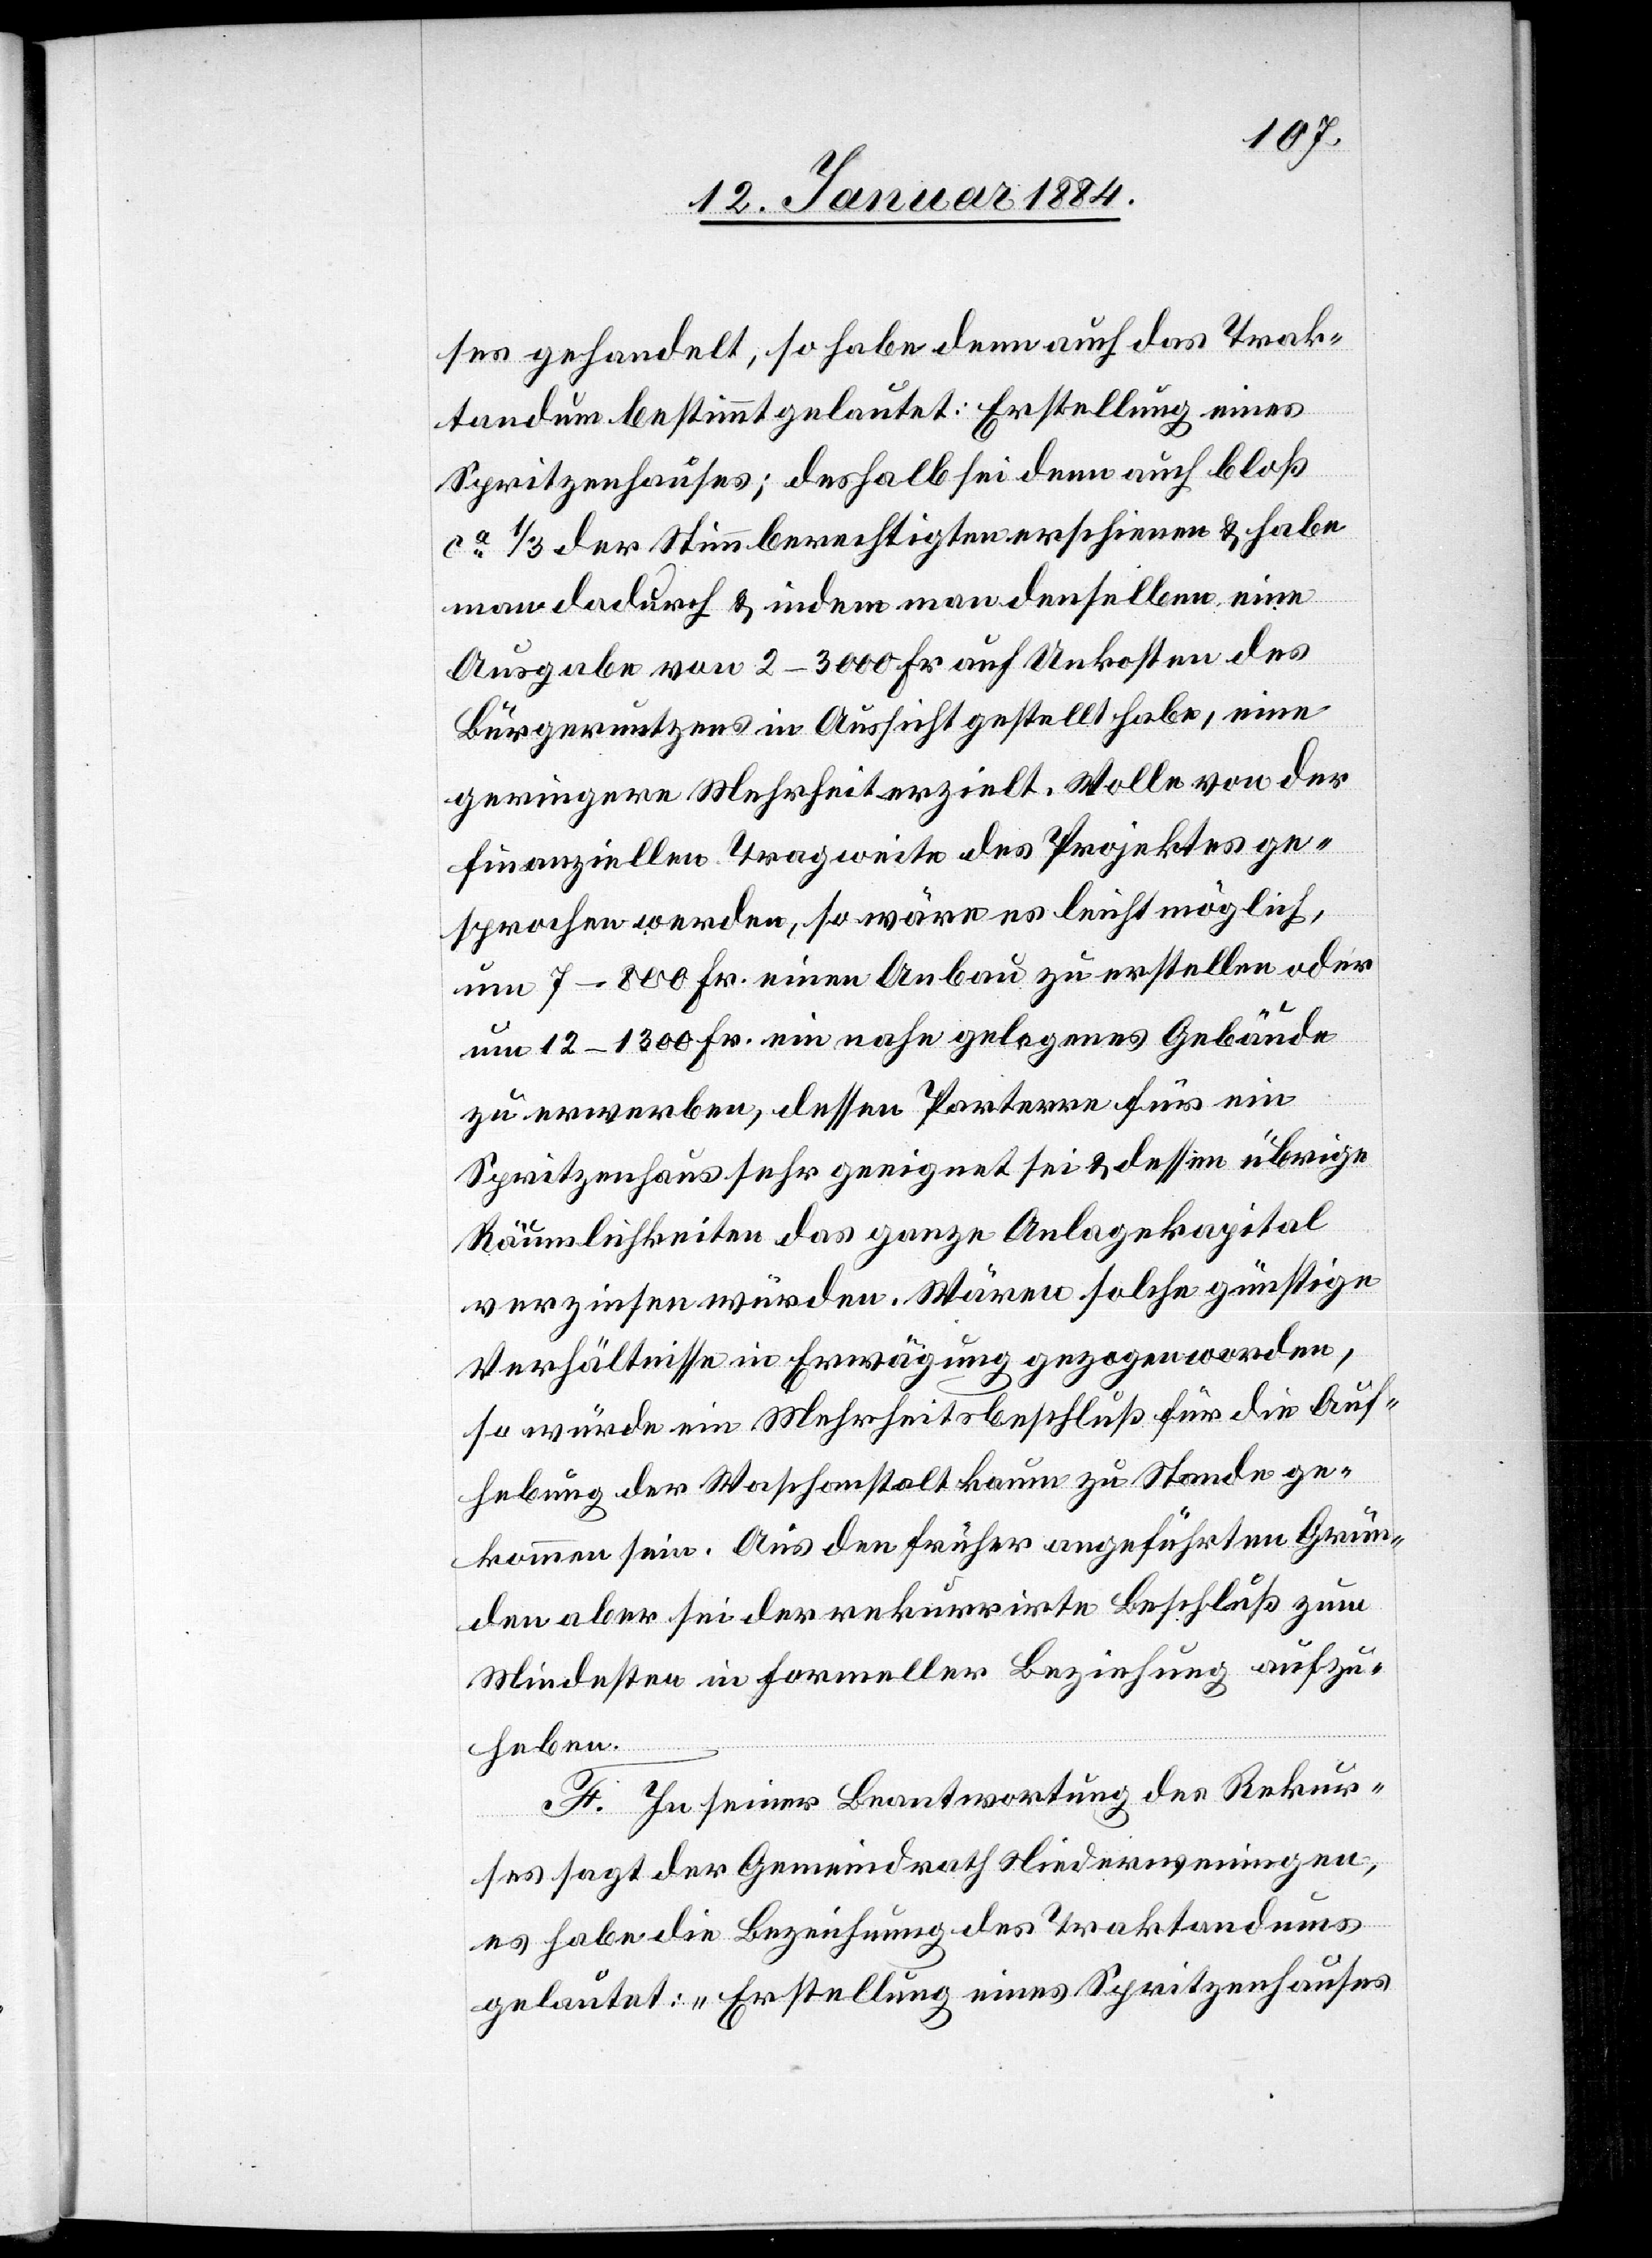
ses gehandelt. So habe denn auch das Trak¬
tandum bestimmt gelautet: Erstellung eines
Spritzenhauses; deshalb sei dann auch bloß
ca 1/3 der Stimmberechtigten erschienen & habe
man dadurch & indem man denselben eine
Ausgabe von 2–3000 Fr. auf Unkosten des
Bürgernutzens in Aussicht gestellt habe, eine
geringere Mehrheit erzielt. Wolle von der
finanziellen Tragweite des Projektes ge¬
sprochen werden, so wäre es leicht möglich,
um 7–800 Fr. einen Umbau zu erstellen oder
um 12–1300 Fr. ein nahe gelegenes Gebäude
zu erwerben, dessen Parterre für ein
Spritzenhaus sehr geeignet sei & dessen übrige
Räumlichkeiten das ganze Anlagekapital
verzinsen würden. Wären solche günstigen
Verhältnisse in Erwägung gezogen worden,
so würde ein Mehrheitsbeschluß für die Auf¬
hebung der Waschanstalt kaum zu Stande ge¬
kommen sein. Aus den früher angeführten Grün¬
den aber sei der rekurrirte Beschluß zum
Mindesten in formeller Beziehung aufzu¬
heben.
F. In seiner Beantwortung des Rekur¬
ses sagt der Gemeindrat Niederweningen,
es habe die Bezeichnung des Traktandums
gelautet: „Erstellung eines Spritzenhauses